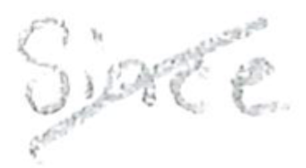
Text: since
Cross-out: mix
Writing tool: pencil